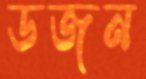
ডজন